Lunatic asylums in Bengal annual reports 1888-1898 - 1888-1898
Year: 1888
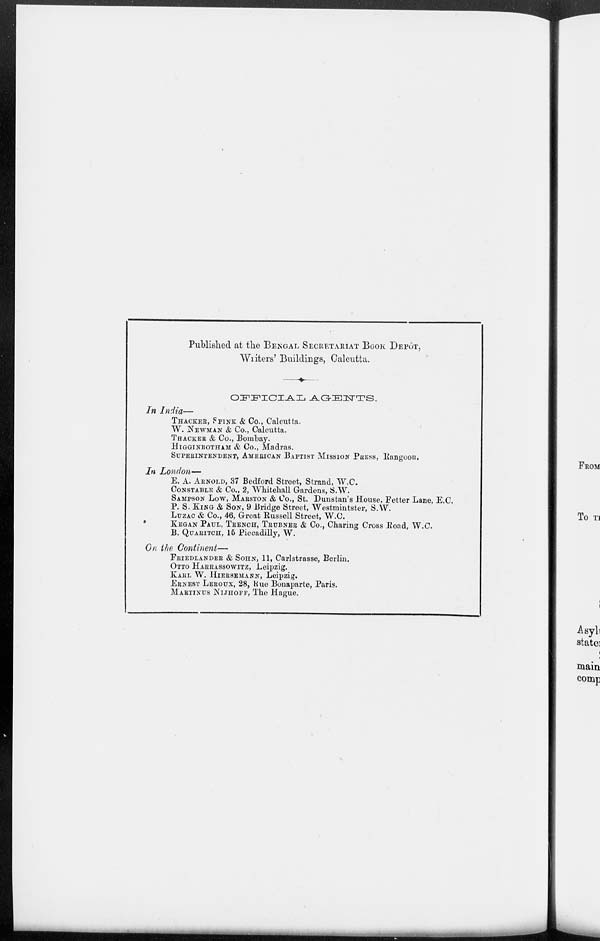
Published at the BENGAL SECRETARIAT BOOK DEPÔT,
Writers' Buildings, Calcutta.
OFFICIAL AGENTS.
In India—
THACKER, SPINK & Co., Calcutta.
W. NEWMAN & Co., Calcutta.
THACKER & Co., Bombay.
HIGGINBOTHAM & Co., Madras.
SUPERINTENDENT, AMERICAN BAPTIST MISSION PRESS, Rangoon.
In London—
E. A. ARNOLD, 37 Bedford Street, Strand, W.C.
CONSTABLE & Co., 2, Whitehall Gardens, S.W.
SAMPSON Low, MARSTON & Co., St. Dunstan's House, Fetter Lane, E.C.
P. S. KING & SON, 9 Bridge Street, Westmintster, S. W.
LUZAC & Co., 46, Great Russell Street, W.C.
KEGAN PAUL, TRENCH, TRUBNER & Co., Charing Cross Road, W.C.
B. QUARITCH, 15 Piccadilly, W.
On the Continent—
FRIEDLANDER & SOHN, 11, Carlstrasse, Berlin.
OTTO HARRASSOWITZ, Leipzig.
KARL W. HIERSEMANN, Leipzig.
ERNEST LEROUX, 28, Rue Bonaparte, Paris.
MARTINUS NIJHOFF, The Hague.